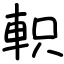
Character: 軹